Document type: Sale
Year: 1326
Scribe: Bartomeu Marc
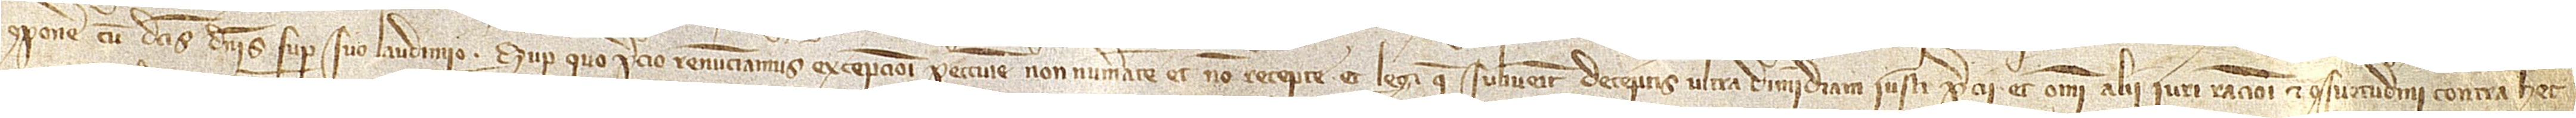
componere cum dictis dominis super suo laudimio. Super quo precio renunciamus excepcioni peccunie non numerate et non recepte et legi que subvenit deceptis ultra dimidiam iusti precii, et omni alii iuri, racioni et consuetudini contra hec